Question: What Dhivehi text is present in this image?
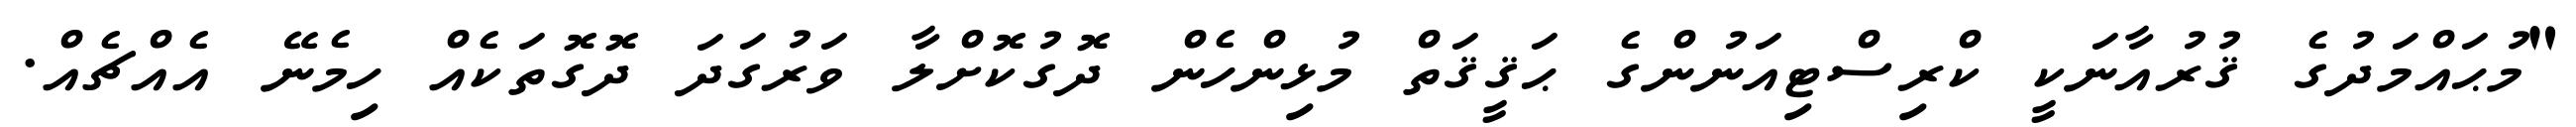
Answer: "މުޙައްމަދުގެ ޤުރުއާނަކީ ކްރިސްޓިއަނުންގެ ޙަޤީޤަތް މުޅިންހެން ދޮގުކޮށްލާ ވަރުގަދަ ދޮގޮތަކެއް ހިމެނޭ އެއްޗެއް.